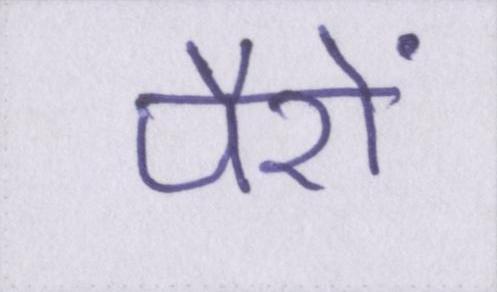
पैरों